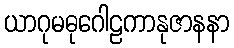
ယာဂုမဓုဂေါဠကာနုဇာနနာ